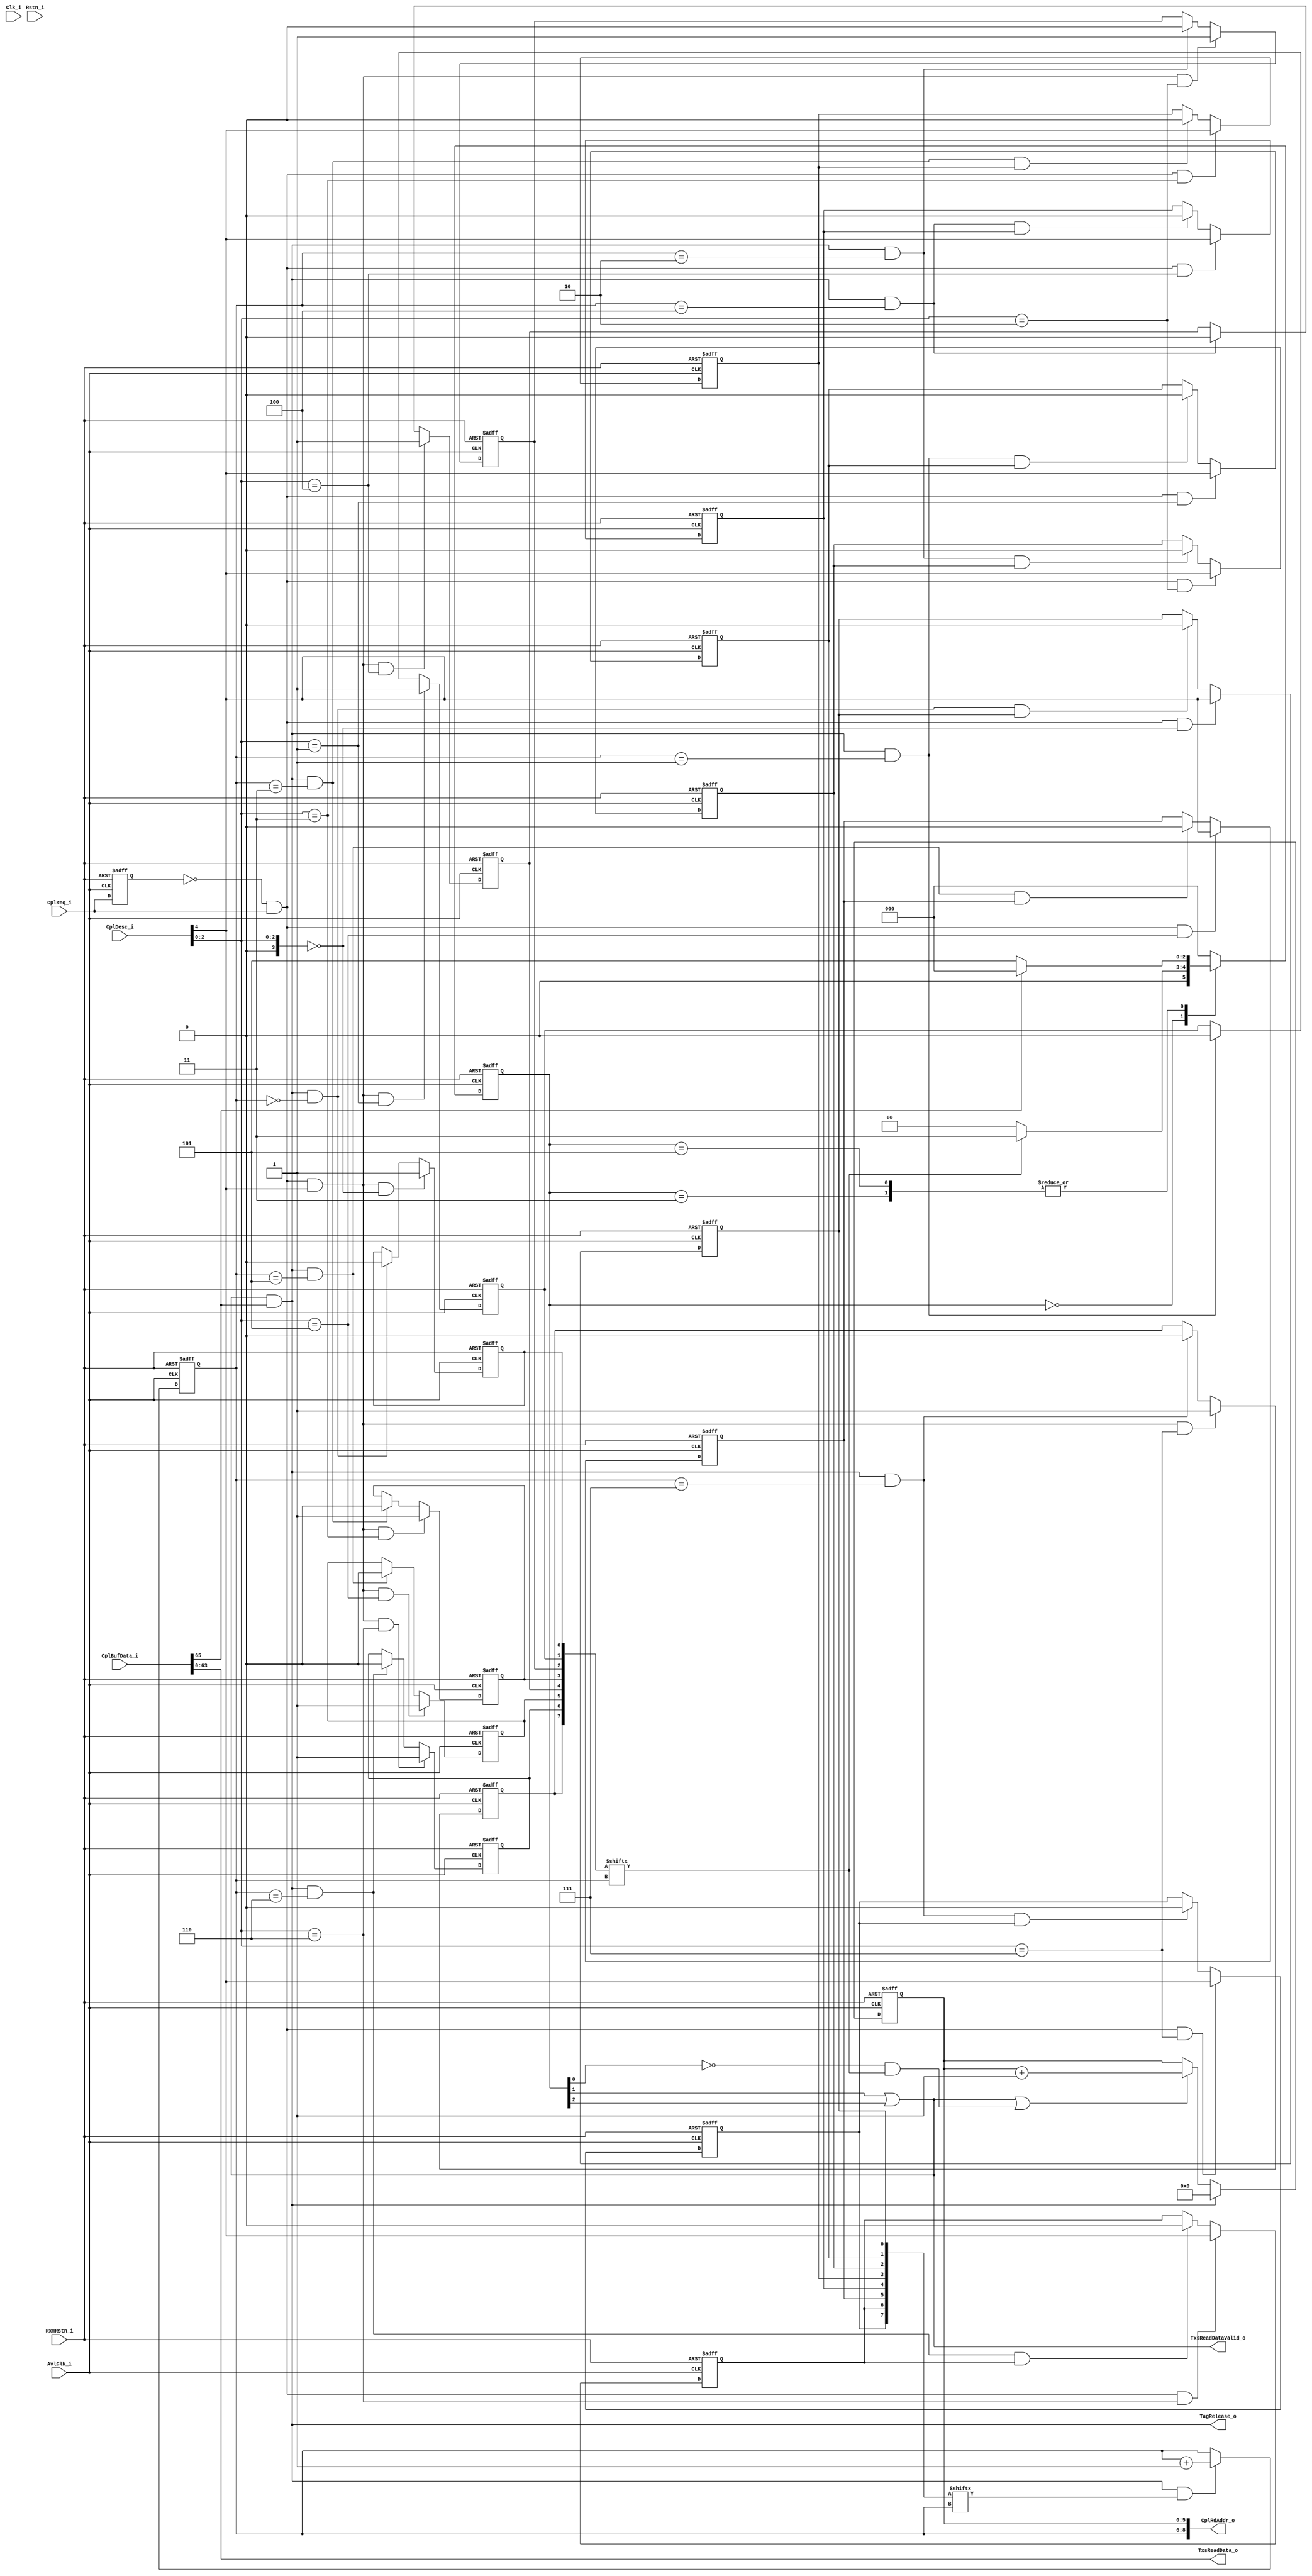
// (C) 2001-2014 Altera Corporation. All rights reserved.
// Your use of Altera Corporation's design tools, logic functions and other 
// software and tools, and its AMPP partner logic functions, and any output 
// files any of the foregoing (including device programming or simulation 
// files), and any associated documentation or information are expressly subject 
// to the terms and conditions of the Altera Program License Subscription 
// Agreement, Altera MegaCore Function License Agreement, or other applicable 
// license agreement, including, without limitation, that your use is for the 
// sole purpose of programming logic devices manufactured by Altera and sold by 
// Altera or its authorized distributors.  Please refer to the applicable 
// agreement for further details.


// synthesis translate_off
`timescale 1ns / 1ps
// synthesis translate_on

module altpciexpav_stif_rx_resp

#(

  parameter CG_COMMON_CLOCK_MODE = 1
)

  ( input          Clk_i,
    input          AvlClk_i,
    input          Rstn_i,
    input          RxmRstn_i,
    
    // Interface to Transaction layer
    input          CplReq_i,
    input  [4:0]   CplDesc_i, 
    
    /// interface to completion buffer
    output [8:0]    CplRdAddr_o,
    input [65:0]   CplBufData_i,
    
    // interface to tx control
    output         TagRelease_o,
    
    // interface to Avalon slave
    output  [63:0]  TxsReadData_o,
    output          TxsReadDataValid_o
  );
  
  //state machine encoding
  localparam RXCPL_IDLE         = 3'h0;
  localparam RXCPL_RDPIPE       = 3'h3;
  localparam RXCPL_RD_VALID     = 3'h5;
  
wire                          last_qword;
wire                          dw_swap;
reg                           dw_swap_reg;
reg        [2:0]              rxcpl_state;
reg        [2:0]              rxcpl_nxt_state;
wire                          rdpipe_st;
wire                          rdvalid_st;
reg        [5:0]              rd_addr_cntr;
reg        [2:0]              hol_cntr;
reg        [7:0]             valid_cpl_reg;
reg        [7:0]             tag_status_reg;
reg        [7:0]             last_cpl_reg;

reg                           cpl_req_reg;
wire                          cpl_req;
wire                          cpl_done;
reg                           cpl_done_reg;
wire       [3:0]              tag;
wire                           cpl_ack_reg;
wire                          cpl_req_int;
wire                          last_cpl;
wire                          rxcpl_idle_state;
wire                          cpl_req_rise;
wire 			      valid_cpl;
wire 			      cpl_eop;


///// NEW codes
// outstanding read status based on tag


always @(posedge AvlClk_i or negedge RxmRstn_i)
  begin
    if(~RxmRstn_i)
       cpl_req_reg <= 1'b0;
    else
       cpl_req_reg <= CplReq_i;
  end
  
  assign cpl_req_rise = ~cpl_req_reg & CplReq_i;


  assign    tag = CplDesc_i[2:0];
  assign    valid_cpl = CplDesc_i[3];
  assign    last_cpl = CplDesc_i[4];
  assign    cpl_eop  = CplBufData_i[65];
generate
  genvar i;
  for(i=0; i< 8; i=i+1)
    begin: tag_status_register
       always @(posedge AvlClk_i or negedge RxmRstn_i)
         begin
           if(~RxmRstn_i)
              last_cpl_reg[i] <= 1'b0;
           else if(cpl_req_rise & tag == i)
              last_cpl_reg[i] <= last_cpl;
           else if(cpl_done & hol_cntr == i & last_cpl_reg[i]) // release the tag
              last_cpl_reg[i] <= 1'b0;
         end
         
       always @(posedge AvlClk_i or negedge RxmRstn_i)
         begin
           if(~RxmRstn_i)
              valid_cpl_reg[i] <= 1'b0;
           else if(~rxcpl_idle_state & hol_cntr == i) // release the tag
              valid_cpl_reg[i] <= 1'b0;
           else if(cpl_req_rise & tag == i)
              valid_cpl_reg[i] <= valid_cpl;
         end 
         
     always @(posedge AvlClk_i or negedge RxmRstn_i)
         begin
           if(~RxmRstn_i)
              tag_status_reg[i] <= 1'b0;
           else if(cpl_req_rise & last_cpl & tag == i)
              tag_status_reg[i] <= 1'b1;
           else if(cpl_done & hol_cntr == i) // release the tag
              tag_status_reg[i] <= 1'b0;
         end 

       end
  endgenerate
  
  
always @(posedge AvlClk_i or negedge RxmRstn_i)  // state machine registers
  begin
    if(~RxmRstn_i)
     rxcpl_state  <= RXCPL_IDLE;
    else
      rxcpl_state <= rxcpl_nxt_state;
  end


always @*
  begin
    case(rxcpl_state)
      RXCPL_IDLE :
         if(tag_status_reg[hol_cntr])
          rxcpl_nxt_state <= RXCPL_RDPIPE; // read pipe state
        else
          rxcpl_nxt_state <= RXCPL_IDLE;
                                                              
      RXCPL_RDPIPE:
        if(cpl_eop)
           rxcpl_nxt_state <= RXCPL_IDLE;
        else
          rxcpl_nxt_state <= RXCPL_RD_VALID;
       
      RXCPL_RD_VALID: 
        if(cpl_eop)
          rxcpl_nxt_state <= RXCPL_IDLE;
        else
          rxcpl_nxt_state <= RXCPL_RD_VALID;
          
      default:
          rxcpl_nxt_state <= RXCPL_IDLE;
       
    endcase
end      

assign rxcpl_idle_state = ~rxcpl_state[0]; 
assign rdpipe_st = rxcpl_state[1];
assign rdvalid_st = rxcpl_state[2];
assign TxsReadDataValid_o = rdpipe_st | rdvalid_st;
assign TxsReadData_o[63:0] = CplBufData_i[63:0];
assign cpl_done = (rdvalid_st | rdpipe_st) & cpl_eop ;
//assign TagRelease_o =  rxcpl_idle_state & (last_cpl_reg[hol_cntr]);
assign TagRelease_o = cpl_done;
// head of line counter

always @(posedge AvlClk_i or negedge RxmRstn_i)
  begin
    if(~RxmRstn_i)
       hol_cntr <= 3'h0;
    else if(cpl_done & last_cpl_reg[hol_cntr])
       hol_cntr <= hol_cntr + 1;
  end

/// completion buffer address counter
          
always @(posedge AvlClk_i or negedge RxmRstn_i)
  begin
    if(~RxmRstn_i)
       rd_addr_cntr <= 6'h0;
    else if(cpl_done)
       rd_addr_cntr <= 6'h0;
    else if(rdpipe_st | rdvalid_st | (rxcpl_idle_state & tag_status_reg[hol_cntr]))
       rd_addr_cntr <= rd_addr_cntr + 1;
  end          
          
          
 assign CplRdAddr_o = {  hol_cntr,      rd_addr_cntr};                                                          
endmodule